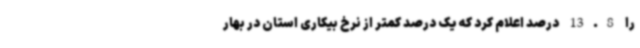
را 13.8 درصد اعلام کرد که یک درصد کمتر از نرخ بیکاری استان در بهار